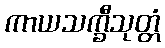
ကာယသက္ခီသုတ္တံ